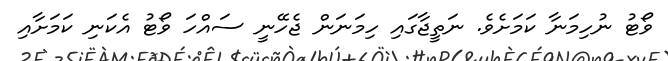
ވޯޓު ނުހިމަނާ ކަމަށެވެ. ނަތީޖާގައި ހިމަނަން ޖެހޭނީ ސައްހަ ވޯޓު އެކަނި ކަމަށާއި